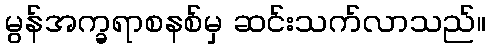
မွန်အက္ခရာစနစ်မှ ဆင်းသက်လာသည်။